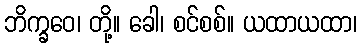
ဘိက္ခဝေ၊ တို့။ ခေါ၊ စင်စစ်။ ယထာယထာ၊